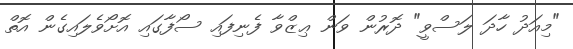
"މިއަދު ހާދަ ލަސްވީ" ދޮރުން ވަން ޢިޒްވާ ފެނިފައި ސޯފާގައި އޮށޯވެލައިގެން އޮތް